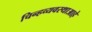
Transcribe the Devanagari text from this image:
चिन्हव्यवस्थाआहे